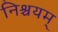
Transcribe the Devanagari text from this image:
निश्चयम्